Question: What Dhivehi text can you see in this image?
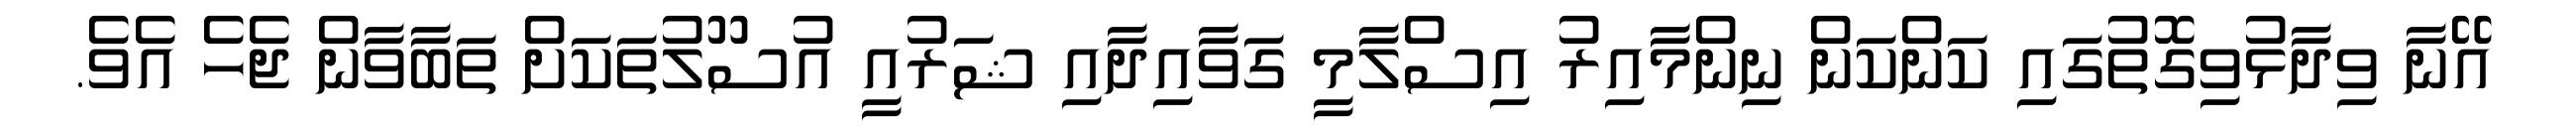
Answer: އޭނާ ވިދާޅުވިގޮތުގައި ކަންކަން ނިންމާއިރު އިސްލާމީ ގަވާއިދާއި ޝަރުއީ އުސޫލުތަކަށް ތަބާވާން ޖެހެ އެވެ.